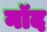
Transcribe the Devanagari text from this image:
नॉद